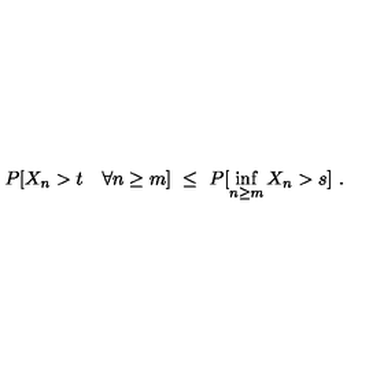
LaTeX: P [ X _ { n } > t \quad \forall n \ge m ] \ \le \ P [ \inf _ { n \ge m } X _ { n } > s ] \ .